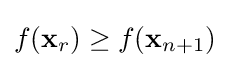
f(\mathbf {x} _{r})\geq f(\mathbf {x} _{n+1})